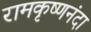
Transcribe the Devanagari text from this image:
रामकृष्णनंदा